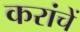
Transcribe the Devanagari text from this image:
करांचें